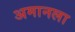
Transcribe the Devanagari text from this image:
अमानला